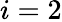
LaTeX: i=2